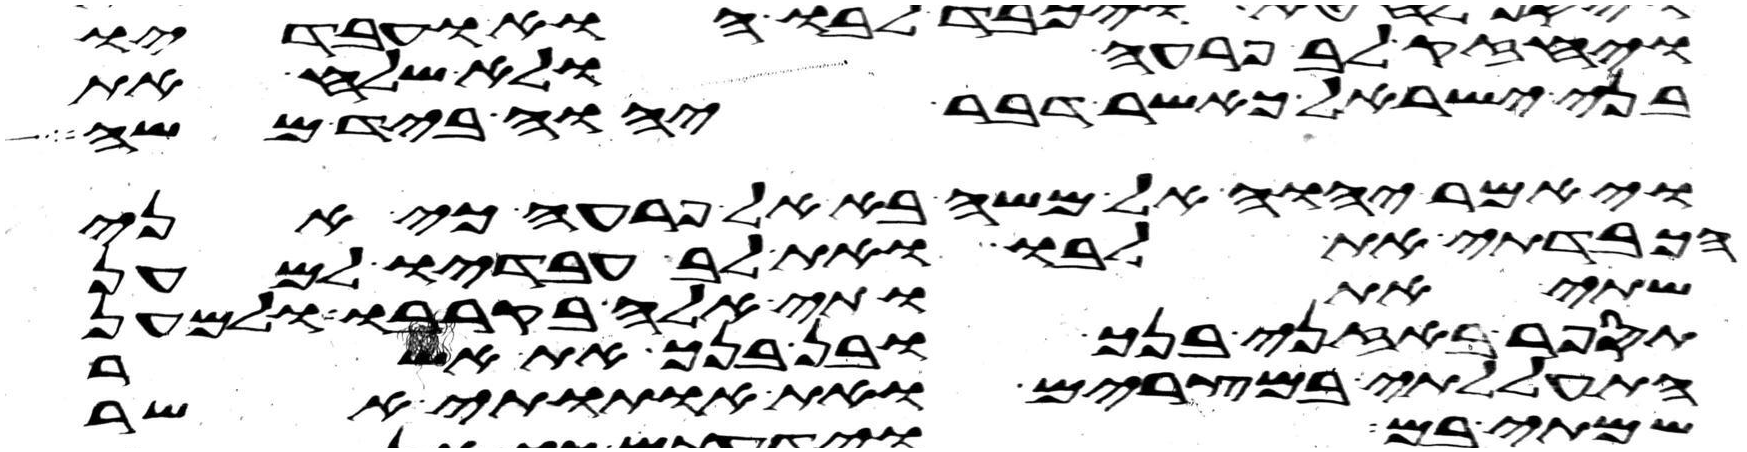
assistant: ויחזק לב פרעה ולא שלח את
בני ישראל כאשר דבר יהוה ביד משה
ויאמר יהוה אל משה בא אל פרעה כי אני
הכבדתי את לבו ואת לב עבדיו למען
שתי אתותי אלה בקרבו ולמען
תספר באזני בנך ובן בנך את אשר
התעללתי במצרים ואת אתותי אשר